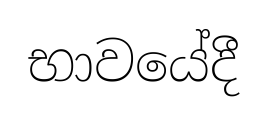
භාවයේදී